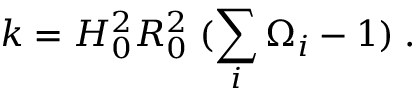
k = H _ { 0 } ^ { 2 } R _ { 0 } ^ { 2 } \; ( \sum _ { i } \Omega _ { i } - 1 ) \; .